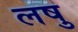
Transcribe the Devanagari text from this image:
लषु